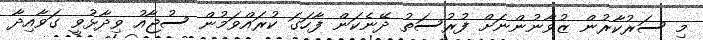
މި ސަރުކާރުން ޒުވާނުންނަށް ފުރުސަތު ދޭނެކަން ފާހަގަ ކުރައްވަމުން ސުޖާއު ވިދާޅުވީ ގަވާއިދާ